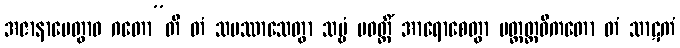
အဇာနာပေတွာဝ ဂတော”တိ တံ သမဿာသေတွာ သဗ္ဗံ ပဝတ္တိံ အာရောစေတွာ ပတ္တတ္ထဝိကတော တံ သာဋကံ